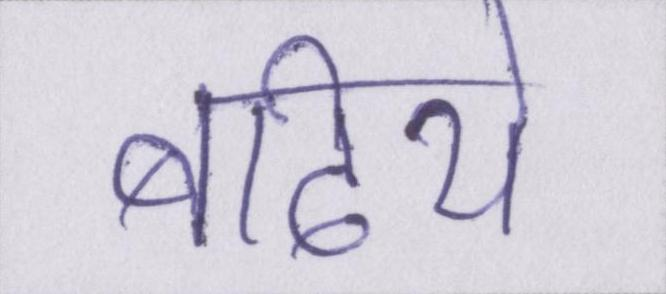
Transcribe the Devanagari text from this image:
बढिये